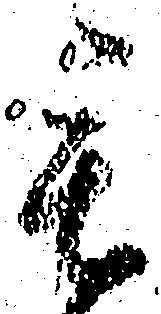
毛